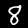
Digit: 8